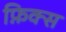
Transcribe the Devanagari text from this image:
फ़िक्स